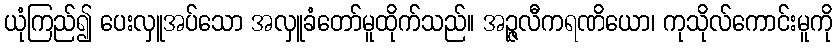
ယုံကြည်၍ ပေးလှူအပ်သော အလှူခံတော်မူထိုက်သည်။ အဉ္ဇလီကရဏိယော၊ ကုသိုလ်ကောင်းမူကို